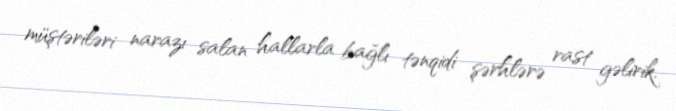
müştəriləri narazı salan hallarla bağlı tənqidi şərhlərə rast gəlirik.